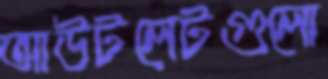
আউটলেটগুলো